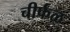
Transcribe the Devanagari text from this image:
चीर्फळ